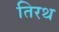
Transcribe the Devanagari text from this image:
तिरथ